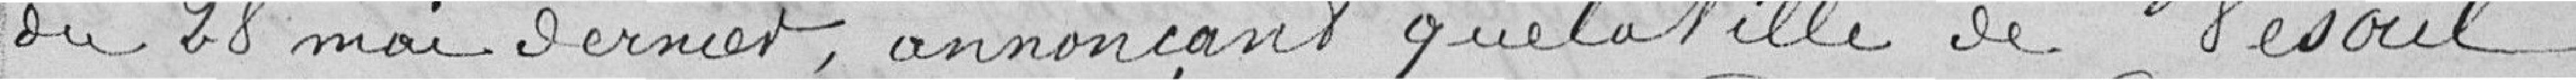
du 28 mai dernier, annonçant que la ville de Vesoul